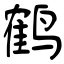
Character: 鹤